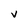
Character: V